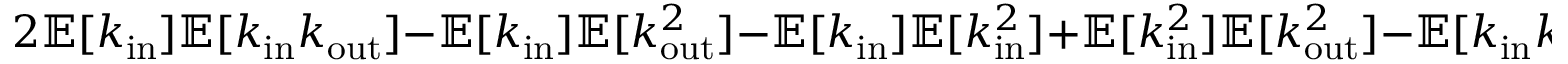
2 \mathbb { E } [ k _ { \mathrm { i n } } ] \mathbb { E } [ k _ { \mathrm { i n } } k _ { \mathrm { o u t } } ] - \mathbb { E } [ k _ { \mathrm { i n } } ] \mathbb { E } [ k _ { \mathrm { o u t } } ^ { 2 } ] - \mathbb { E } [ k _ { \mathrm { i n } } ] \mathbb { E } [ k _ { \mathrm { i n } } ^ { 2 } ] + \mathbb { E } [ k _ { \mathrm { i n } } ^ { 2 } ] \mathbb { E } [ k _ { \mathrm { o u t } } ^ { 2 } ] - \mathbb { E } [ k _ { \mathrm { i n } } k _ { \mathrm { o u t } } ] ^ { 2 } > 0 .